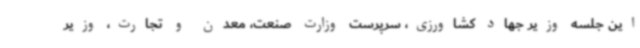
این جلسه وزیر جهاد کشاورزی، سرپرست وزارت صنعت، معدن و تجارت، وزیر